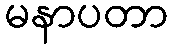
မနာပတာ